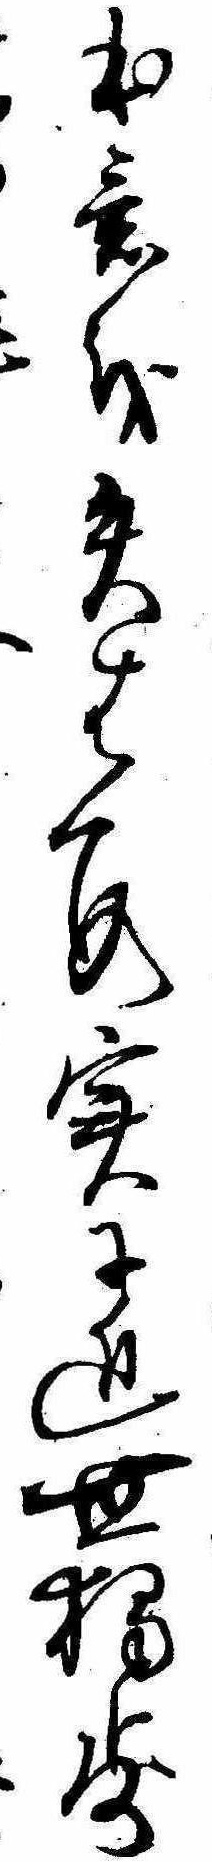
本意を失はす実に近世独歩